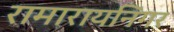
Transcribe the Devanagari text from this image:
रामारायनिंगर